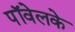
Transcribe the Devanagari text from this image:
पॉवेलके